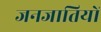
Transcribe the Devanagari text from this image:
जनजातियाें